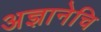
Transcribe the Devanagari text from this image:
अज्ञानेचि